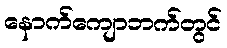
နောက်ကျောဘက်တွင်